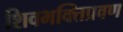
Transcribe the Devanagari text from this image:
शिवभक्तिप्रवण